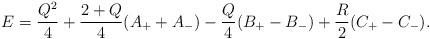
\begin{align*}E=\frac{Q^2}{4}+\frac{2+Q}{4}(A_{+}+A_{-})-\frac{Q}{4}(B_{+}-B_{-})+\frac{R}{2}(C_{+}-C_{-}).\end{align*}